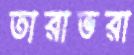
তারাভরা